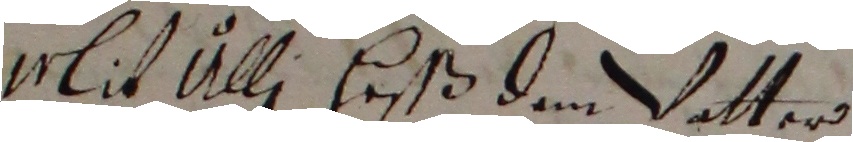
Mlit Ulli Heßß dem vatter